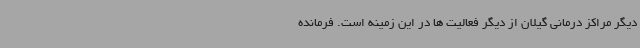
دیگر مراکز درمانی گیلان از دیگر فعالیت ها در این زمینه است. فرمانده